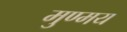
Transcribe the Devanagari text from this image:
मुण्मय